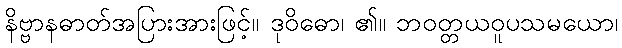
နိဗ္ဗာနဓာတ်အပြားအားဖြင့်။ ဒုဝိဓော၊ ၏။ ဘဝတ္တယဝူပသမယော၊